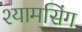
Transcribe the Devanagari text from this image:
श्यामसिंग